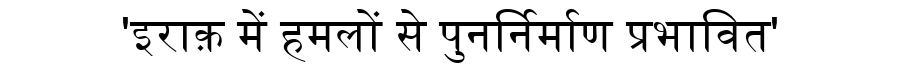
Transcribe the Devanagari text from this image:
'इराक़ में हमलों से पुनर्निर्माण प्रभावित'